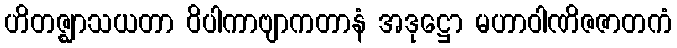
ဟိတဇ္ဈာသယတာ ဝိပါကာဗျာကတာနံ အဒုဋ္ဌော မဟာဝါဏိဇဇာတကံ